Report of the Municipal Commissioner on the plague in Bombay for the year ending 31st May... - Volume 1
Disease focus: Plague
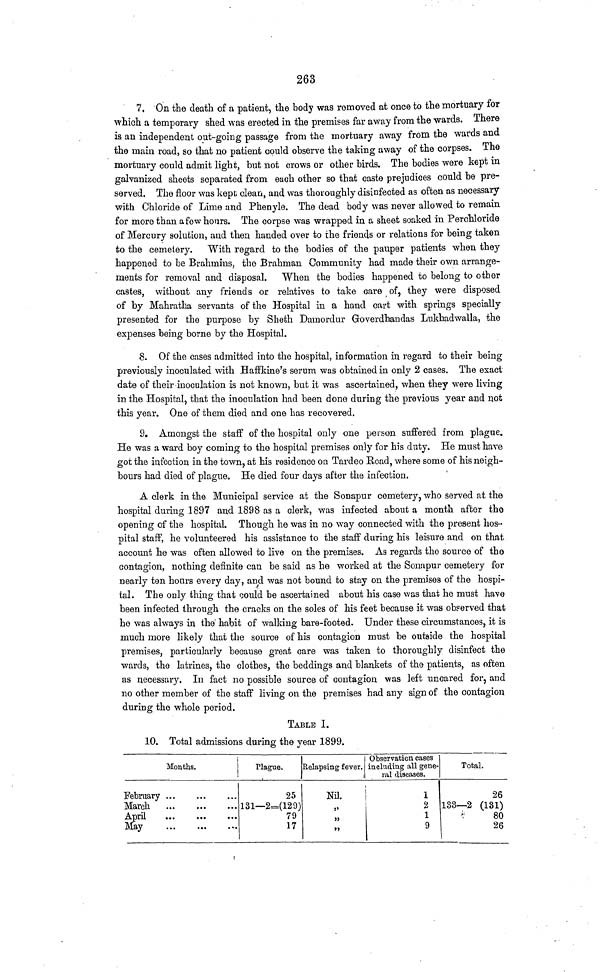
263
7. On the death of a patient, the body was removed at once to the mortuary for
which a temporary shed was erected in the premises far away from the wards. There
is an independent out-going passage from the mortuary away from the wards and
the main road, so that no patient could observe the taking away of the corpses. The
mortuary could admit light, but not crows or other birds. The bodies were kept in
galvanized sheets separated from each other so that caste prejudices could be pre-
served. The floor was kept clean, and was thoroughly disinfected as often as necessary
with Chloride of Lime and Phenyle. The dead body was never allowed to remain
for more than a few hours. The corpse was wrapped in a sheet soaked in Perchloride
of Mercury solution, and then handed over to the friends or relations for being taken
to the cemetery. With regard to the bodies of the pauper patients when they
happened to be Brahmins, the Brahman Community had made their own arrange-
ments for removal and disposal. When the bodies happened to belong to other
castes, without any friends or relatives to take care of, they were disposed
of by Mahratha servants of the Hospital in a hand cart with springs specially
presented for the purpose by Sheth Damordur Goverdhandas Lukhadwalla, the
expenses being borne by the Hospital.
8. Of the cases admitted into the hospital, information in regard to their being
previously inoculated with Haffkine's serum was obtained in only 2 cases. The exact
date of their inoculation is not known, but it was ascertained, when they were living
in the Hospital, that the inoculation had been done during the previous year and not
this year. One of them died and one has recovered.
9. Amongst the staff of the hospital only one person suffered from plague.
He was a ward boy coming to the hospital premises only for his duty. He must have
got the infection in the town, at his residence on Tardeo Road, where some of his neigh-
bours had died of plague. He died four days after the infection.
A clerk in the Municipal service at the Sonapur cemetery, who served at the
hospital during 1897 and 1898 as a clerk, was infected about a month after the
opening of the hospital. Though he was in no way connected with the present hos-
pital staff, he volunteered his assistance to the staff during his leisure and on that
account he was often allowed to live on the premises. As regards the source of the
contagion, nothing definite can be said as he worked at the Sonapur cemetery for
nearly ten hours every day, and was not bound to stay on the premises of the hospi-
tal. The only thing that could be ascertained about his case was that he must have
been infected through the cracks on the soles of his feet because it was observed that
he was always in the habit of walking bare-footed. Under these circumstances, it is
much more likely that the source of his contagion must be outside the hospital
premises, particularly because great care was taken to thoroughly disinfect the
wards, the latrines, the clothes, the beddings and blankets of the patients, as often
as necessary. In fact no possible source of contagion was left uncared for, and
no other member of the staff living on the premises had any sign of the contagion
during the whole period.
TABLE I.
10. Total admissions during- the year 1899.
Mouths.
February
March
April
May
Plague.
25
131— 2=(129)
79
17
Relapsing fever.
Nil.
11
Observation cases
including all gene-
ral diseases.
1
2
1
9
Total.
26
133—2 (131)
80
26